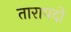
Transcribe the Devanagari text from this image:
तारापदो